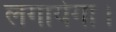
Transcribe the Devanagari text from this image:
लगायेगा।